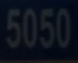
5050